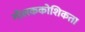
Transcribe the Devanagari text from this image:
गोलककोशिकता